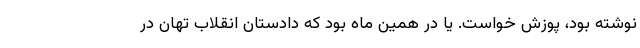
نوشته بود، پوزش خواست. یا در همین ماه بود که دادستان انقلاب تهان در